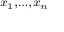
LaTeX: \scriptstyle { \boldsymbol { x } } _ { 1 } , \dotsc , { \boldsymbol { x } } _ { n }